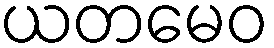
ယတမေဝ